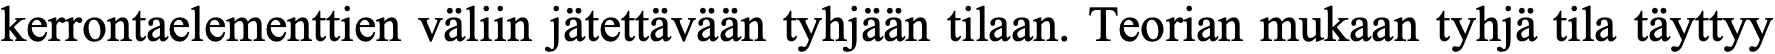
kerrontaelementtien väliin jätettävään tyhjään tilaan. Teorian mukaan tyhjä tila täyttyy